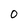
Character: O